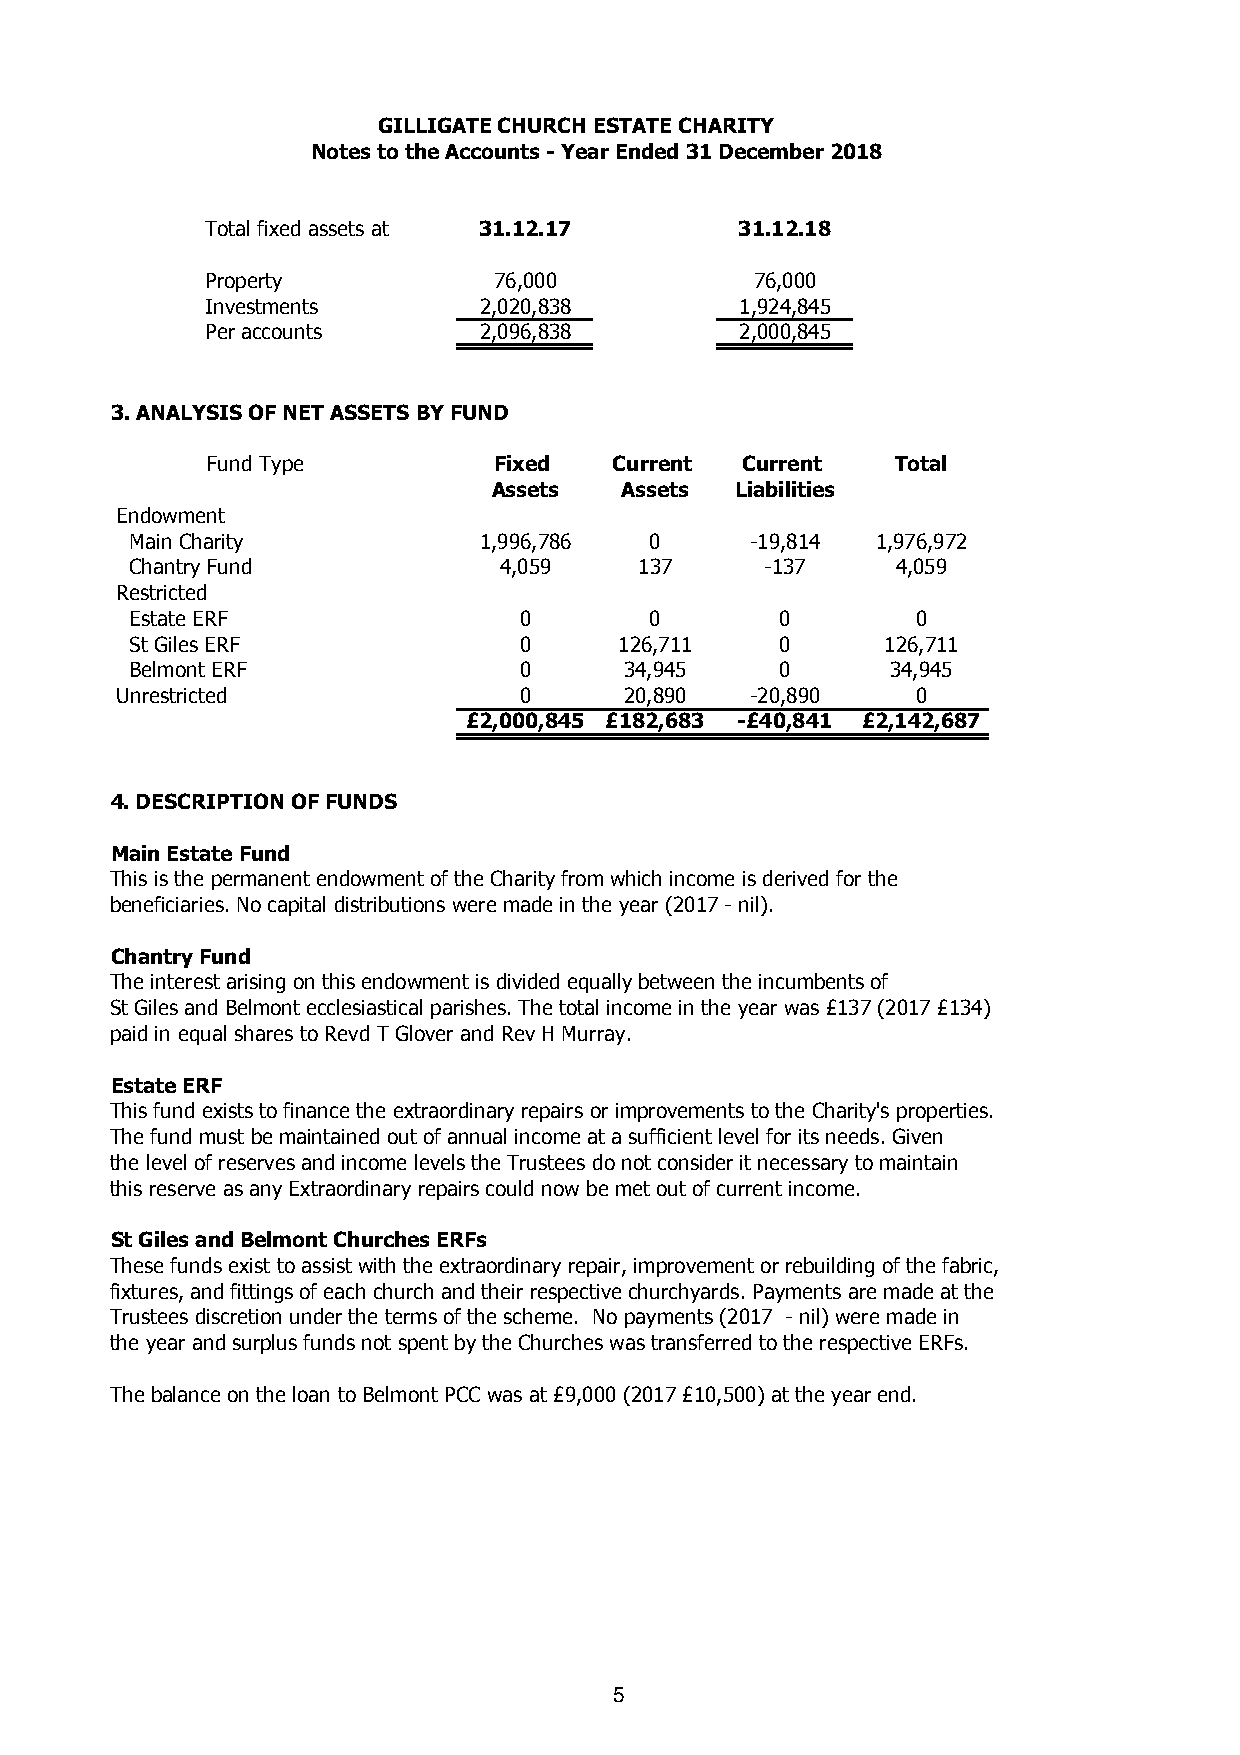
GILLIGATE CHURCH ESTATE CHARITY
 Notes to the Accounts - Year Ended 31 December 2018
 Total fixed assets at 31.12.17     31.12.18
 Property           76,000           76,000
 Investments       2,020,838        1,924,845
 Per accounts      2,096,838        2,000,845
 3. ANALYSIS OF NET ASSETS BY FUND
 Fund Type          Fixed   Current Current   Total
 Assets  Assets  Liabilities
 Endowment
 Main Charity           1,996,786  0      -19,814 1,976,972
 Chantry Fund            4,059    137      -137    4,059
 Restricted
 Estate ERF               0        0        0        0
 St Giles ERF             0      126,711    0      126,711
 Belmont ERF              0      34,945     0      34,945
 Unrestricted              0      20,890   -20,890    0
 £2,000,845 £182,683 -£40,841 £2,142,687
 4. DESCRIPTION OF FUNDS
 Main Estate Fund
 This is the permanent endowment of the Charity from which income is derived for the
 beneficiaries. No capital distributions were made in the year (2017 - nil).
 Chantry Fund
 The interest arising on this endowment is divided equally between the incumbents of
 St Giles and Belmont ecclesiastical parishes. The total income in the year was £137 (2017 £134)
 paid in equal shares to Revd T Glover and Rev H Murray.
 Estate ERF
 This fund exists to finance the extraordinary repairs or improvements to the Charity's properties.
 The fund must be maintained out of annual income at a sufficient level for its needs. Given
 the level of reserves and income levels the Trustees do not consider it necessary to maintain
 this reserve as any Extraordinary repairs could now be met out of current income.
 St Giles and Belmont Churches ERFs
 These funds exist to assist with the extraordinary repair, improvement or rebuilding of the fabric,
 fixtures, and fittings of each church and their respective churchyards. Payments are made at the
 Trustees discretion under the terms of the scheme. No payments (2017 - nil) were made in
 the year and surplus funds not spent by the Churches was transferred to the respective ERFs.
 The balance on the loan to Belmont PCC was at £9,000 (2017 £10,500) at the year end.
 5